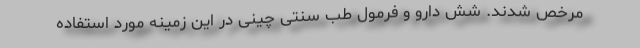
مرخص شدند. شش دارو و فرمول طب سنتی چینی در این زمینه مورد استفاده